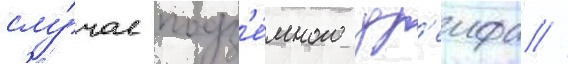
слу́чае подз'е́много др'еифа //